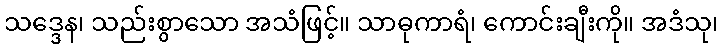
သဒ္ဒေန၊ သည်းစွာသော အသံဖြင့်။ သာဓုကာရံ၊ ကောင်းချီးကို။ အဒံသု၊